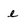
Character: e